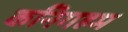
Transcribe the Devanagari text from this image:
कनिगहम